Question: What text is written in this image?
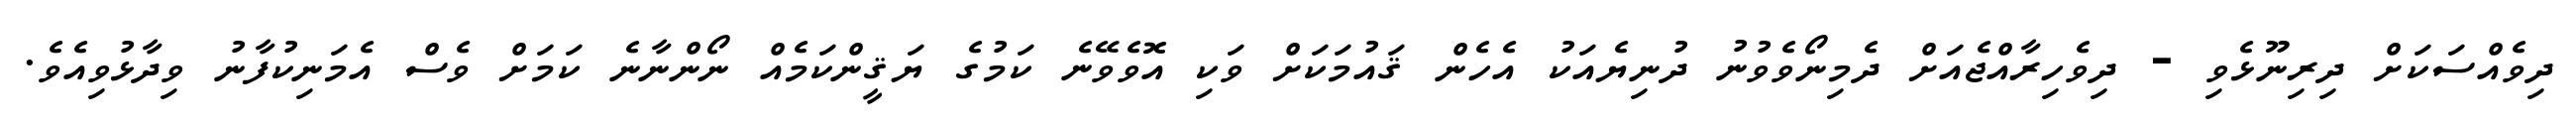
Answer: ދިވެއްސަކަށް ދިރިނޫޅެވި - ދިވެހިރާއްޖެއަށް ދެމިނޯވެވުނު ދުނިޔެއަކު އެހެން ޤައުމަކަށް ވަކި އޮވެވޭނެ ކަމުގެ ޔަޤީންކަމެއް ނޯންނާނެ ކަމަށް ވެސް އެމަނިކުފާނު ވިދާޅުވިއެވެ.